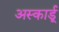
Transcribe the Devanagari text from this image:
अस्कार्डू